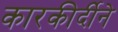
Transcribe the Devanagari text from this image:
कारकीर्दीने